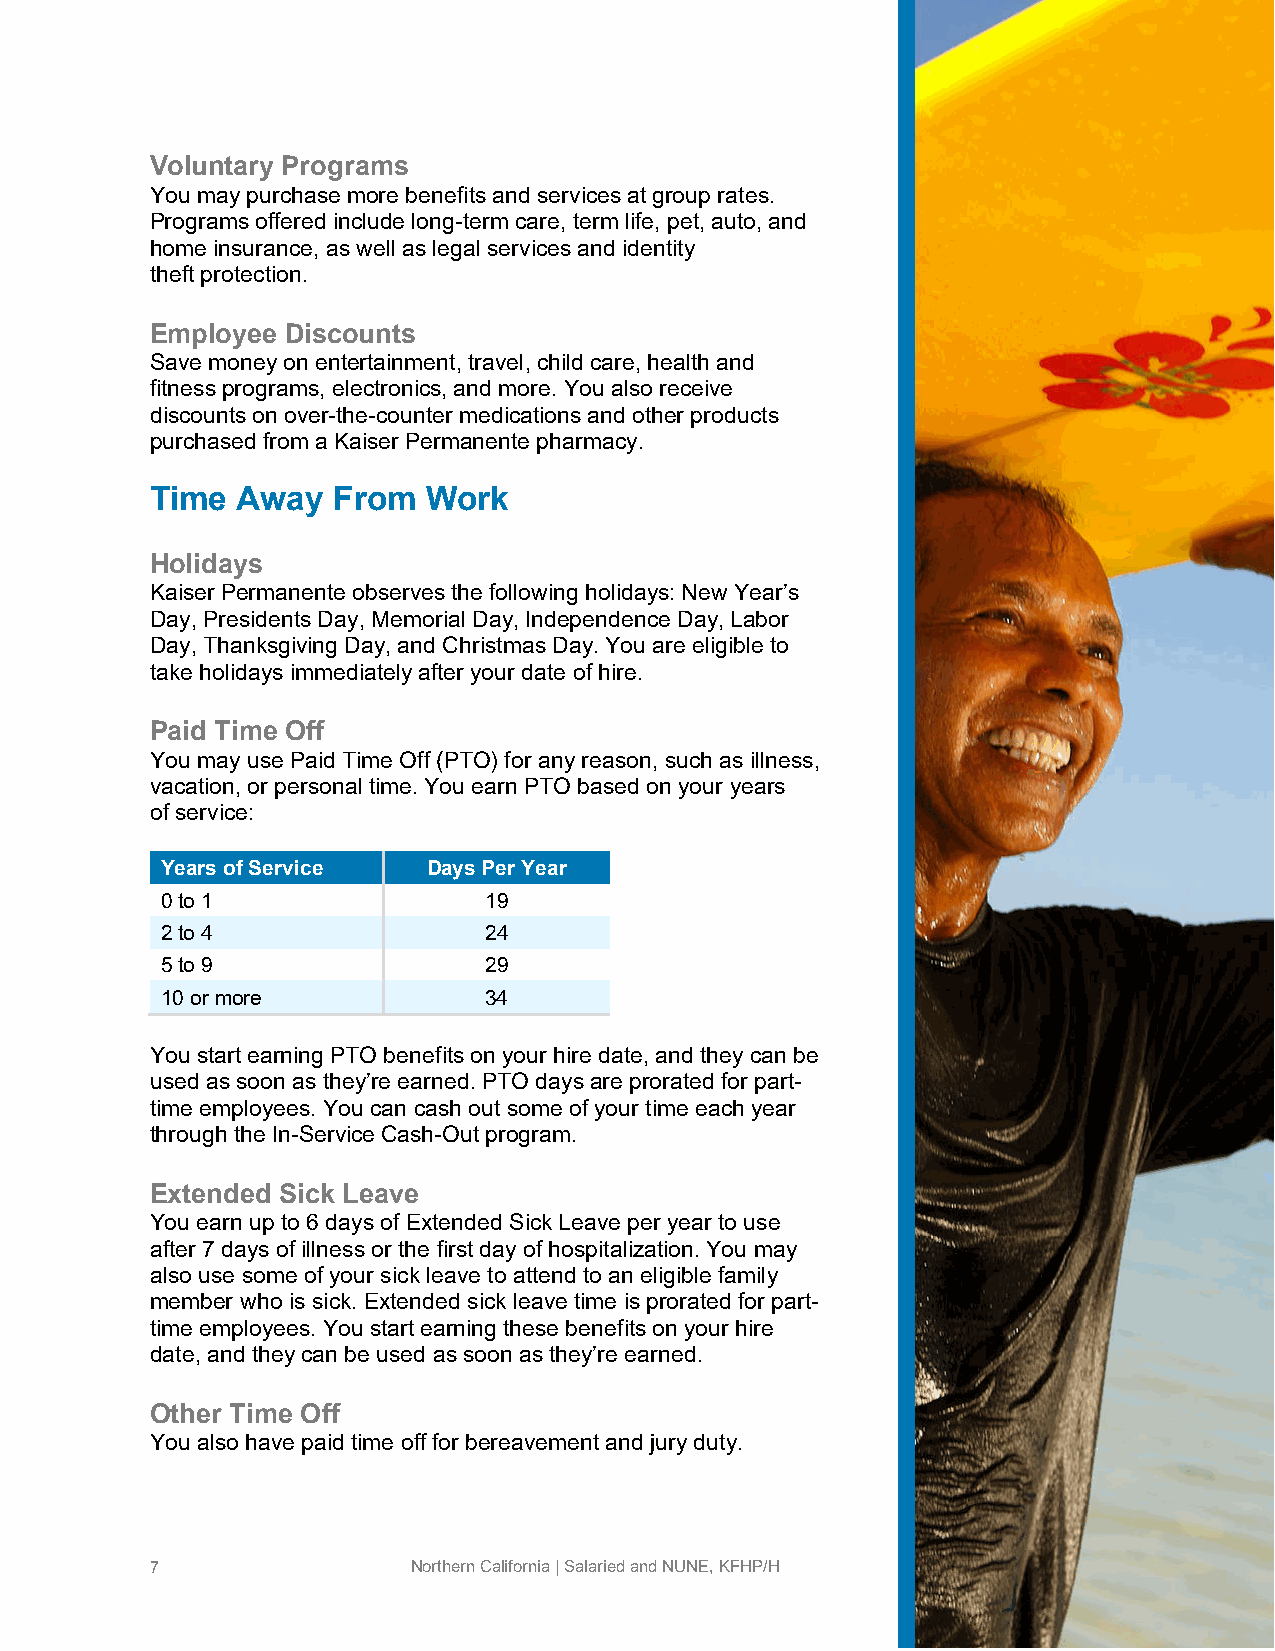
Voluntary Programs
 You may purchase more benefits and services at group rates.
 Programs offered include long-term care, term life, pet, auto, and
 home insurance, as well as legal services and identity
 theft protection.
 Employee Discounts
 Save money on entertainment, travel, child care, health and
 fitness programs, electronics, and more. You also receive
 discounts on over-the-counter medications and other products
 purchased from a Kaiser Permanente pharmacy.
 Time  Away  From  Work
 Holidays
 Kaiser Permanente observes the following holidays: New Year’s
 Day, Presidents Day, Memorial Day, Independence Day, Labor
 Day, Thanksgiving Day, and Christmas Day. You are eligible to
 take holidays immediately after your date of hire.
 Paid Time Off
 You may use Paid Time Off (PTO) for any reason, such as illness,
 vacation, or personal time. You earn PTO based on your years
 of service:
 Years of Service Days Per Year
 0 to 1               19
 2 to 4               24
 5 to 9               29
 10 or more           34
 You start earning PTO benefits on your hire date, and they can be
 used as soon as they’re earned. PTO days are prorated for part-
 time employees. You can cash out some of your time each year
 through the In-Service Cash-Out program.
 Extended Sick Leave
 You earn up to 6 days of Extended Sick Leave per year to use
 after 7 days of illness or the first day of hospitalization. You may
 also use some of your sick leave to attend to an eligible family
 member who is sick. Extended sick leave time is prorated for part-
 time employees. You start earning these benefits on your hire
 date, and they can be used as soon as they’re earned.
 Other Time Off
 You also have paid time off for bereavement and jury duty.
 7                Northern California | Salaried and NUNE, KFHP/H